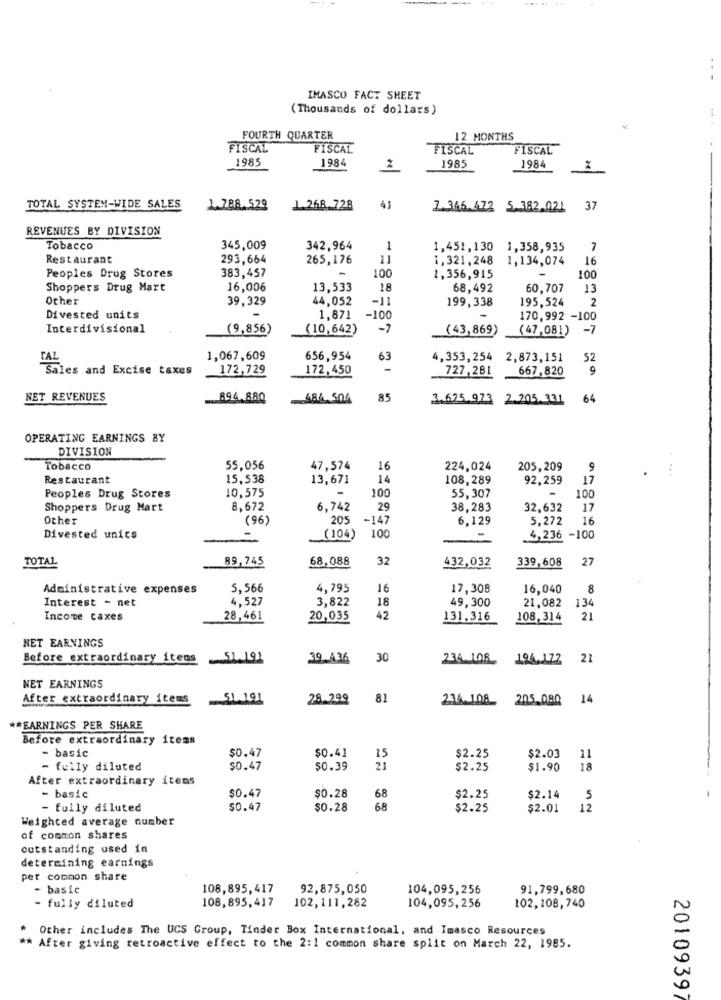
IMASCO FACT SHEET
(Thousands of dollars)
FOURTH QUARTER
12 MONTHS
FISCAL
FISCAL
FISCAL
FISCAL
1985
1984
1985
1984
TOTAL SYSTEM-WIDE SALES
1.788.529
1.268.728
43
1.366.472 5.382.021 37
REVENUES BY DIVISION
Tobacco
345,009
342,964
1
1,451,130 1,358,935
7
Restaurant
293,664
265,176
11
1, 321, 248 1,134,074
16
383,457
100
Peoples Drug Stores
-
1,356,915
-
100
Shoppers Drug Mart
16,006
13,533
18
68,492
60,707
13
Other
39,329
44,052
-11
199,338
195,524
2
Divested units
1,871
-100
170,992 -100
Interdivisional
(9,856)
(10,642)
-7
(43,869)
(47,081)
-7
TAL
1,067,609
656,954
63
4,353,254 2,873,151
52
Sales and Excise taxes
172,729
172,450
727,281
667,820
9
NET REVENUES
894,880
484.504
85
3.625.973 2.205.331
64
OPERATING EARNINGS BY
DIVISION
Tobacco
55,056
47,574
16
224,024
205,209
9
Restaurant
15.538
13,671
14
108,289
92,259
17
100
55,307
100
Peoples Drug Stores
10,575
Shoppers Drug Mart
8,672
6,742
29
38,283
32,632
17
Other
(96)
205
-147
6.129
5,272
16
100
Divested unics
(104)
=
4,236 -100
TOTAL
89,745
68,088
32
432,032
339,608
27
Administrative expenses
5,566
4,795
16
17,308
16,040
8
Interest - net
4.527
3,822
18
49,300
21,082
134
Income taxes
28,461
20,035
42
131.316
108, 314
21
NET EARNINGS
Before extraordinary itens 51.191
39 436
30
234.108 196,172
21
NET EARNINGS
After extraordinary items
51.191
28.299
81
234.108 205 080 14
** EARNINGS PER SHARE
Before extraordinary items
- basic
$0.47
$0.41
15
$2.25
$2.03
11
- fully diluted
$0.47
$0.39
21
$2.25
$1.90
18
After extraordinary itens
$0.47
- basic
$0.28
68
$2.25
$2.14
5
- fully diluted
$0.47
$0.28
68
$2.25
$2.01
12
Weighted average number
of common shares
outstanding used in
determining earnings
per common share
basic
108,895,417
92,875,050
104,095,256
91,799,680
108,895,417
- fully diluted
102,111, 282
104,095,256
102,108, 740
Other includes The UCS Group, Tinder Box International, and Imasco Resources
** After giving retroactive effect to the 2:1 common share split on March 22, 1985.
2010939